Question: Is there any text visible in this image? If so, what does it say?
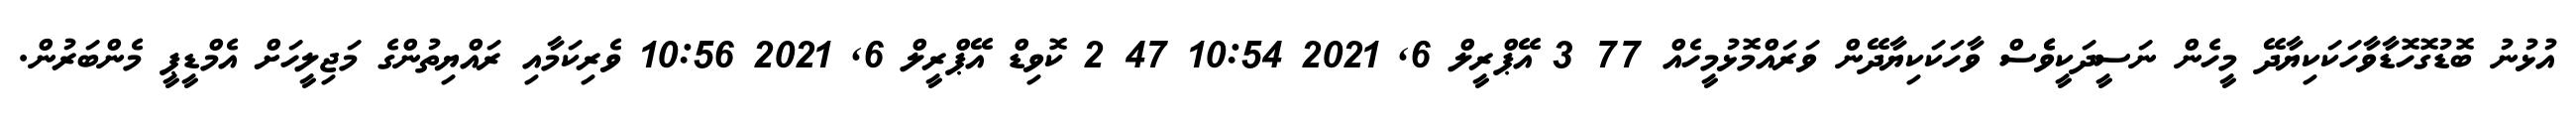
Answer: އުޅުނު ބޮޑުގޮހޮޑާވާހަކަކިޔާދޭ މީހެން ނަސީދަކީވެެސް ވާހަކަކިޔާދޭން ވަރައްމޮޅުމީހެއް 77 3 އޭޕްރީލް 6, 2021 10:54 47 2 ކޮވިޑް އޭޕްރީލް 6, 2021 10:56 ވެރިކަމާއި ރައްޔިތުންގެ މަޖިލީހަށް އެމްޑީޕީ މެންބަރުން.